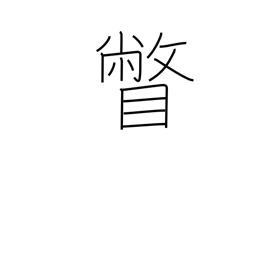
Meaning: glance at